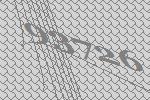
93726